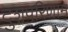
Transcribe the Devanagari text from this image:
दुशपरिणाम